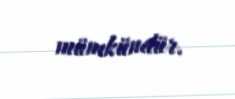
mümkündür.